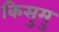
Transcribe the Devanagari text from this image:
किसुमु